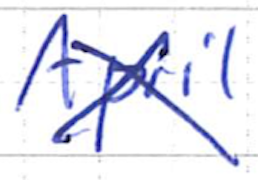
Text: April
Cross-out: cross
Writing tool: ballpoint